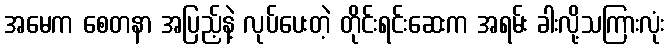
အမေက စေတနာ အပြည့်နဲ့ လုပ်ပေးတဲ့ တိုင်းရင်းဆေးက အရမ်း ခါးလို့သကြားလုံး